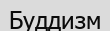
Буддизм